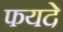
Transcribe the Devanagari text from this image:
फयदे